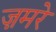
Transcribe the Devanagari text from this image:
ज़मरे